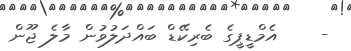
-    އެމްޑީޕީގެ ބެރިކޭޑް ބައްދަލުވުން މާލެ ޖޫން